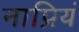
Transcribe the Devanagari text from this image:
नाप्रियं